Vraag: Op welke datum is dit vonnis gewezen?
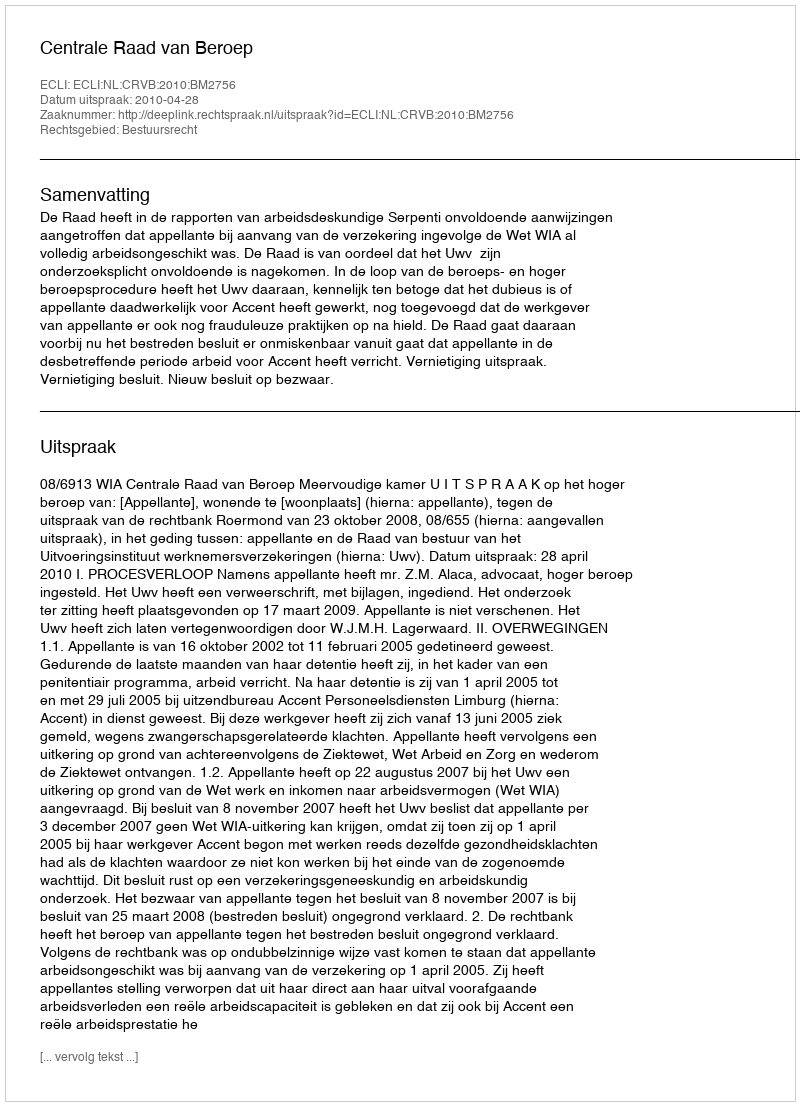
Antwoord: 2010-04-28